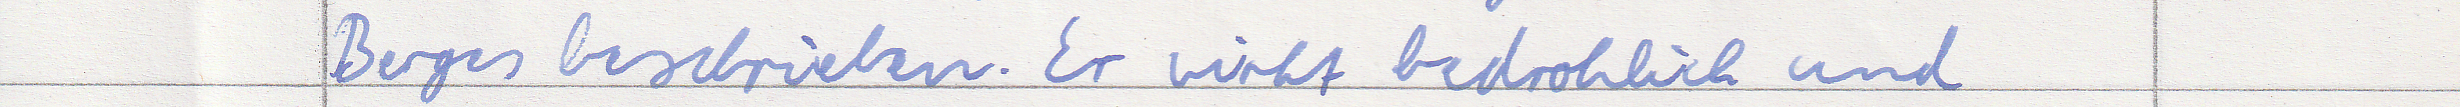
Berges beschrieben. Er wirkt bedrohlich und